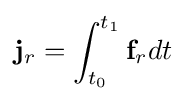
\mathbf {j} _{r}=\int _{t_{0}}^{t_{1}}\mathbf {f} _{r}dt